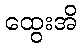
ထွေးအိ